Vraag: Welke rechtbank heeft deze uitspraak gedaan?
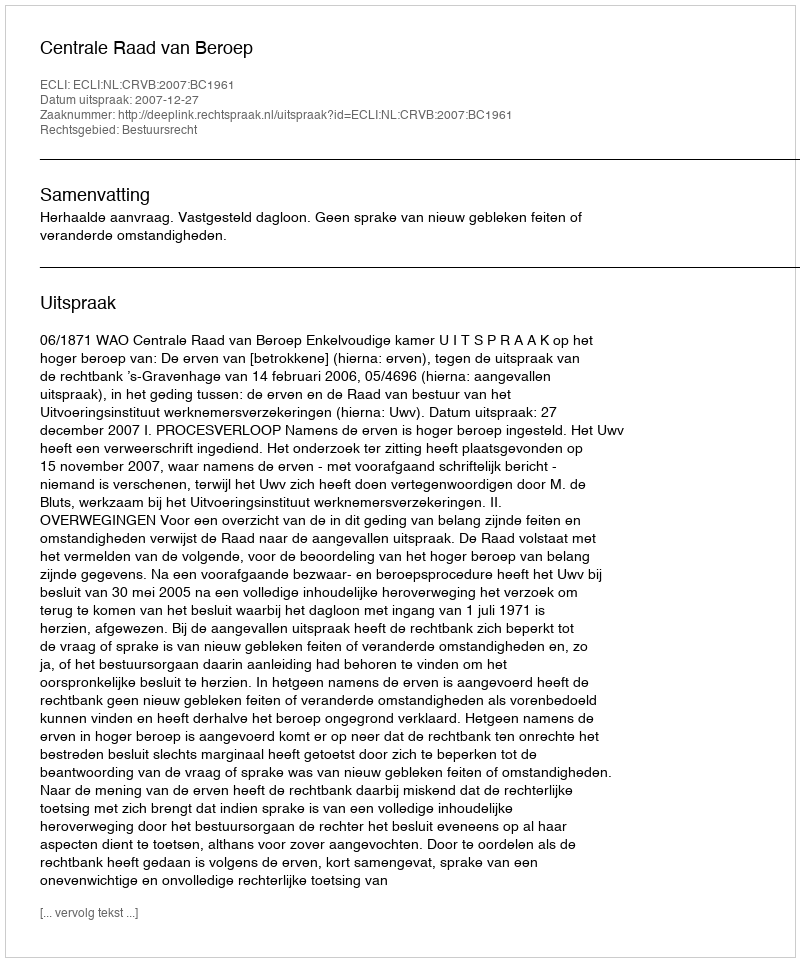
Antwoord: Centrale Raad van Beroep